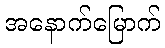
အနောက်မြောက်